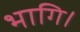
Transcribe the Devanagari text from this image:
भागि।